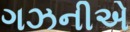
ગઝનીએ